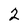
Character: 2